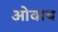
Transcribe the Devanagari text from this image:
ओवाय